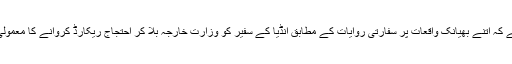
لیکن ایک بات تو بتائی جائے کہ اتنے بھیانک واقعات پر سفارتی روایات کے مطابق انڈیا کے سفیر کو وزارت خارجہ بلا کر احتجاج ریکارڈ کروانے کا معمولی سا کام کیوں نہیں کیا جاتا؟